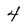
Character: 4